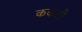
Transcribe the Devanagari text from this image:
ककती